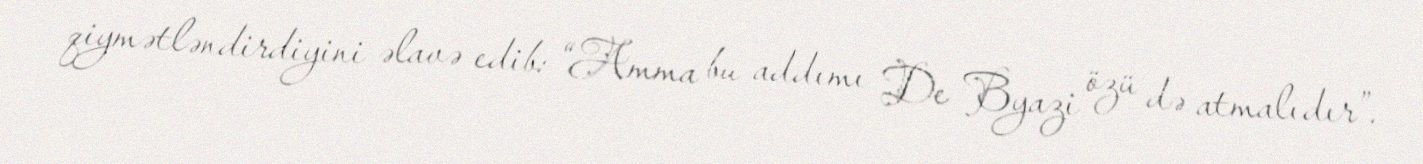
qiymətləndirdiyini əlavə edib: “Amma bu addımı De Byazi özü də atmalıdır”.